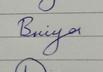
Signature authenticity: genuine